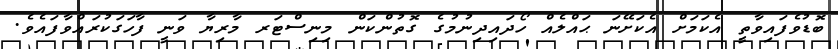
ބޮޑުވެފައިވާތީ އެކަމަށް އެކަށޭނަ ޙައްލެއް ހޯދައިދިނުމުގެ ގޮތުންކަން މިނިސްޓަރ މާރިޔާ ވަނީ ފާހަގަކުރައްވާފައެވެ.